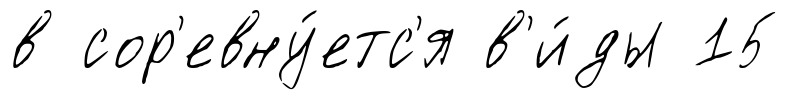
в сор'евну́етс'я в'и́ды 15